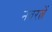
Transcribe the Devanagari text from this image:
नवरत्नें